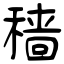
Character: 穑